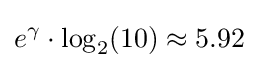
e^{\gamma }\cdot \log _{2}(10)\approx 5.92